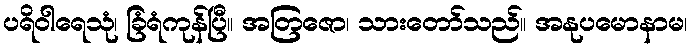
ပရိဝါရေသုံ၊ ခြံရံကုန်ပြီ။ အတြဇော၊ သားတော်သည်။ အနုပမောနာမ၊